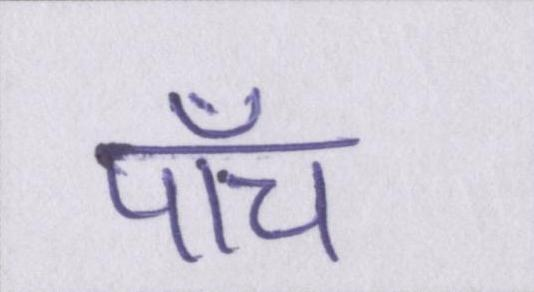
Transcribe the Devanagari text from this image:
पाँच